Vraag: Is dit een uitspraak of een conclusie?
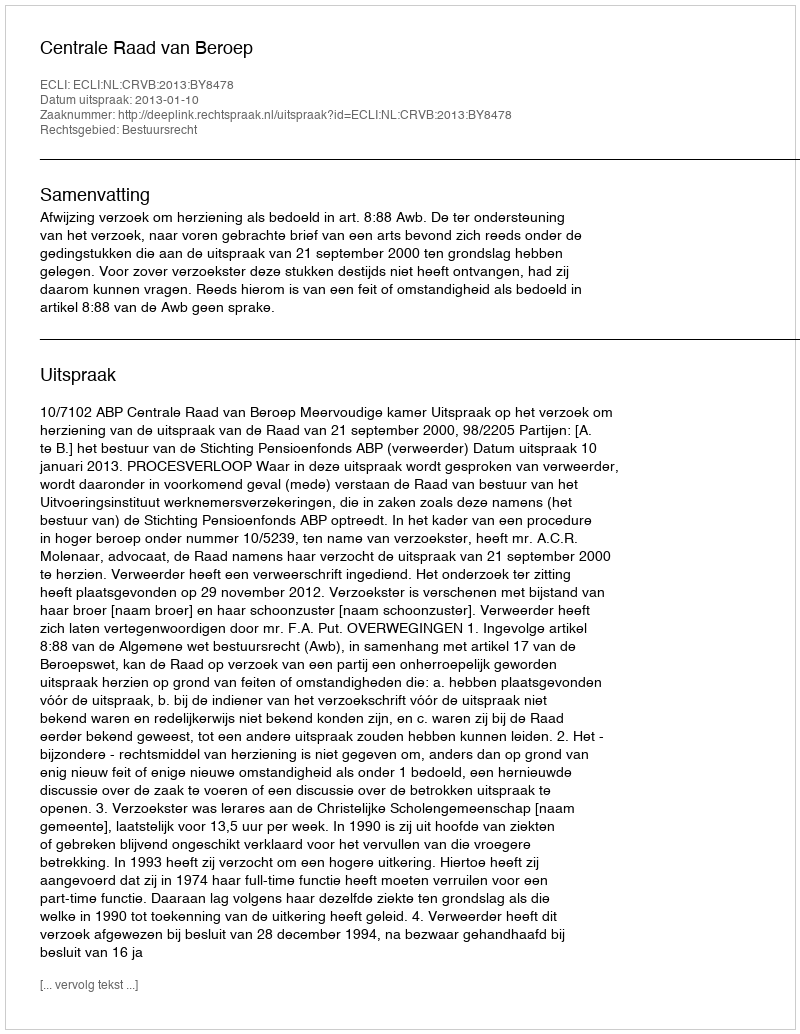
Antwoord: Uitspraak